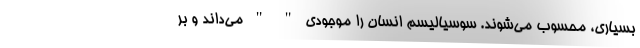
بسیاری، محسوب می‌شوند. سوسیالیسم انسان را موجودی " " می‌داند و بر